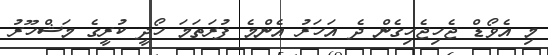
މި އެވޯޑް ޖެހިޖެހިގެން ދެ އަހަރު އެންމެ ފުރަތަމަ ހޯދީ ކުރީގެ މަޝްހޫރު